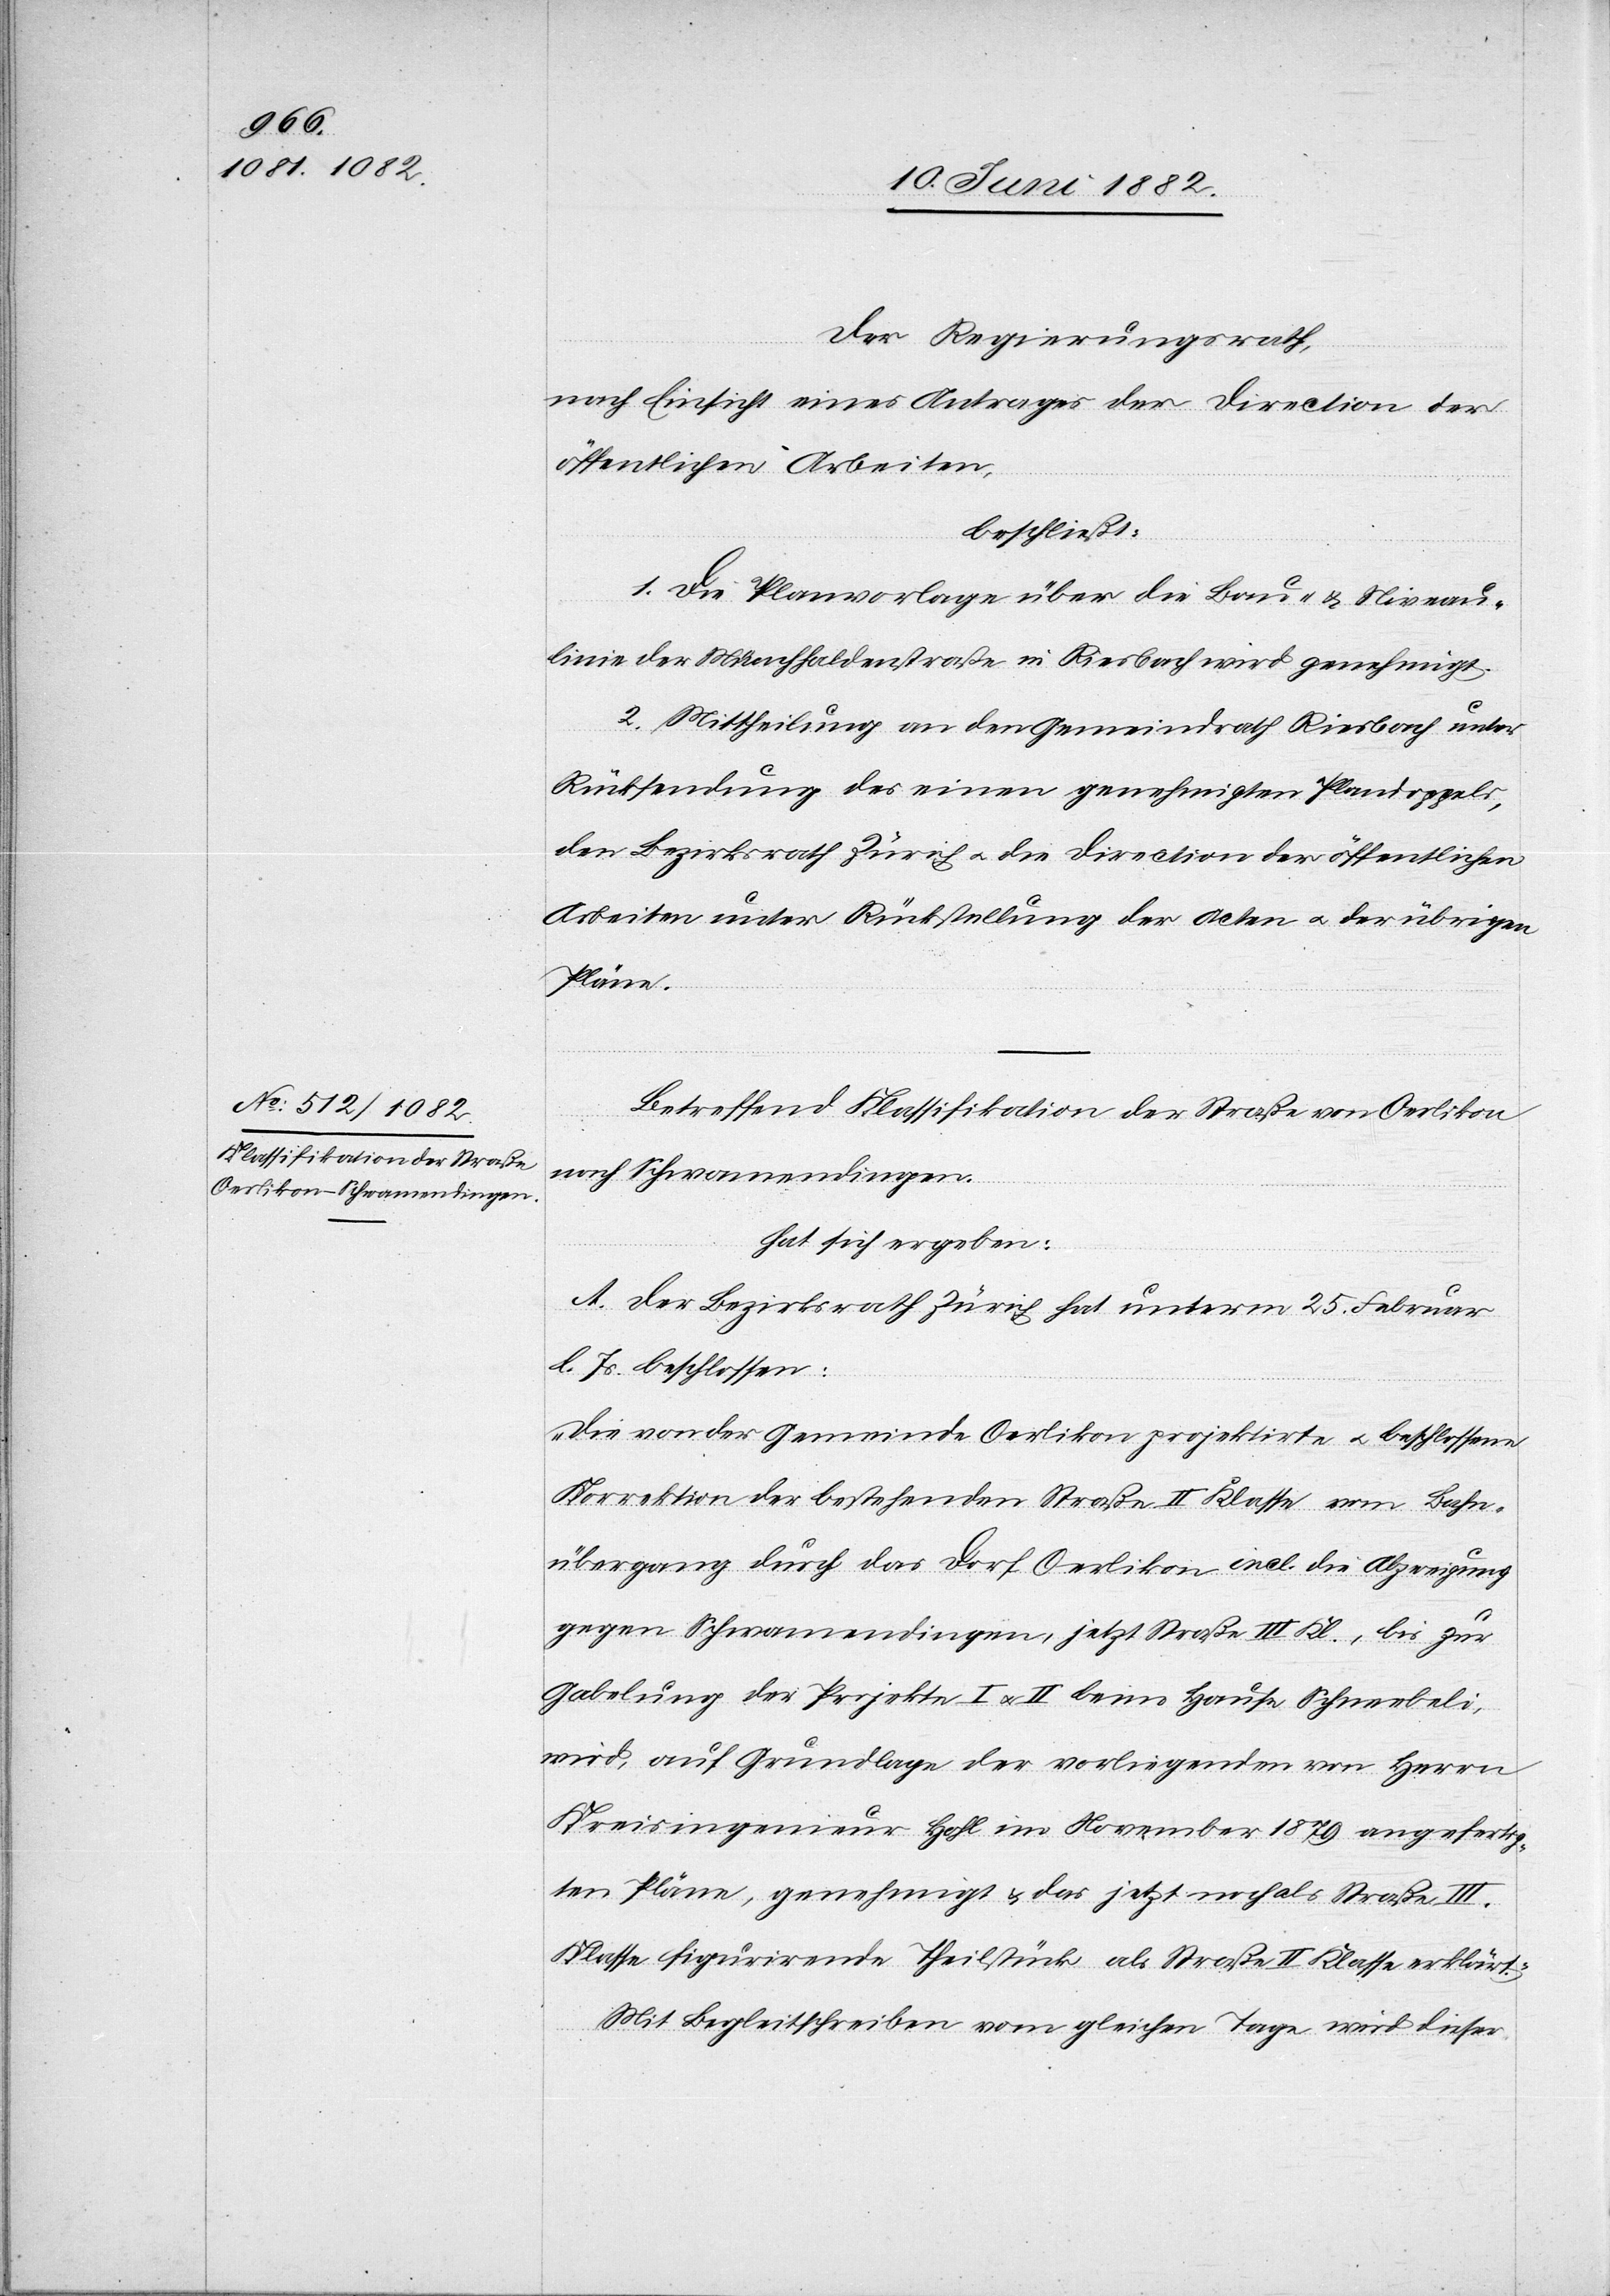
Der Regierungsrath,
nach Einsicht eines Antrages der Direction der
öffentlichen Arbeiten,
beschließt:
1. Die Planvorlage über die Bau- & Niveau¬
linie[n] der Münchhaldenstraße in Riesbach wird genehmigt.
2. Mittheilung an den Gemeindrath Riesbach unter
Rücksendung des einen genehmigten Plandoppels,
den Bezirksrath Zürich u. die Direction der öffentlichen
Arbeiten unter Rückstellung der Acten u. der übrigen
Pläne.
Betreffend Klassifikation der Straße von Oerlikon
nach Schwamendingen,
hat sich ergeben:
A. Der Bezirksrath Zürich hat unterm 25. Februar
l. Js. beschlossen:
„Die von der Gemeinde Oerlikon projektirte u. beschlossene
Korrektion der bestehenden Straße II. Klasse vom Bahn¬
übergang durch das Dorf Oerlikon incl. die Abzweigung
gegen Schwamendingen, jetzt Straße III. Kl., bis zur
Gabelung der Projekte I u. II beim Hause Schneebeli,
wird, auf Grundlage der vorliegenden von Herrn
Kreisingenieur Hohl im November 1879 angefertig¬
ten Pläne, genehmigt & das jetzt noch als Straße III.
Klasse fungirende Theilstück als Straße II. Klasse erklärt.“
Mit Begleitschreiben vom gleichen Tage wird dieser